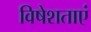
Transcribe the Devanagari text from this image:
विषेशताएं